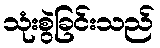
သုံးစွဲခြင်းသည်